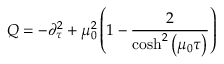
Q = - \partial _ { \tau } ^ { 2 } + \mu _ { 0 } ^ { 2 } \left( 1 - \frac { 2 } { \cosh ^ { 2 } \left( \mu _ { 0 } \tau \right) } \right)